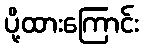
ပို့ထားကြောင်း